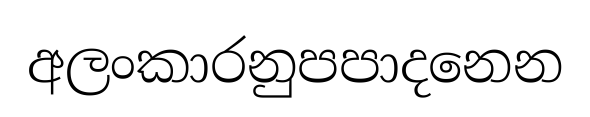
අලංකාරනුපපාදනෙන